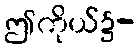
ဤကိုယ်၌-